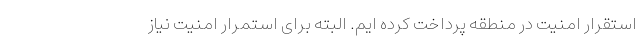
استقرار امنیت در منطقه پرداخت کرده ایم. البته برای استمرار امنیت نیاز